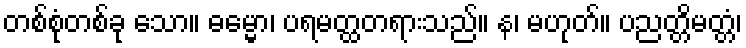
တစ်စုံတစ်ခု သော။ ဓမ္မော၊ ပရမတ္ထတရားသည်။ န၊ မဟုတ်။ ပညတ္တိမတ္တံ၊